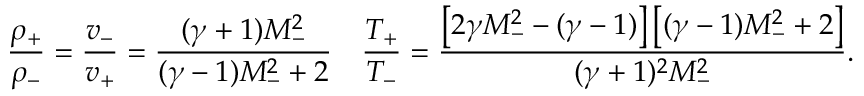
\frac { \rho _ { + } } { \rho _ { - } } = \frac { v _ { - } } { v _ { + } } = \frac { ( \gamma + 1 ) M _ { - } ^ { 2 } } { ( \gamma - 1 ) M _ { - } ^ { 2 } + 2 } \quad \frac { T _ { + } } { T _ { - } } = \frac { \left[ 2 \gamma M _ { - } ^ { 2 } - ( \gamma - 1 ) \right] \left[ ( \gamma - 1 ) M _ { - } ^ { 2 } + 2 \right] } { ( \gamma + 1 ) ^ { 2 } M _ { - } ^ { 2 } } .